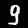
Label: 9